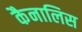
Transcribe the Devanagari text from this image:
कैनालिस